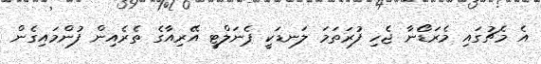
އެ މެޗުގައި މެރަޑޯނާ ޖެހި ފުރަތަމަ ލަނޑަކީ ޕެނަލްޓީ އޭރިއާގެ ތެރެއިން ފުންމައިގެން